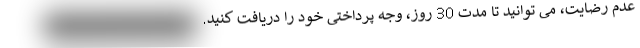
عدم رضایت، می توانید تا مدت 30 روز، وجه پرداختی خود را دریافت کنید.